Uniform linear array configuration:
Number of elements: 64
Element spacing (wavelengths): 0.5
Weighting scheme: cosine
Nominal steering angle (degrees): -45
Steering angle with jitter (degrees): -43.4
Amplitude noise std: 0.05
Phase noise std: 0.05

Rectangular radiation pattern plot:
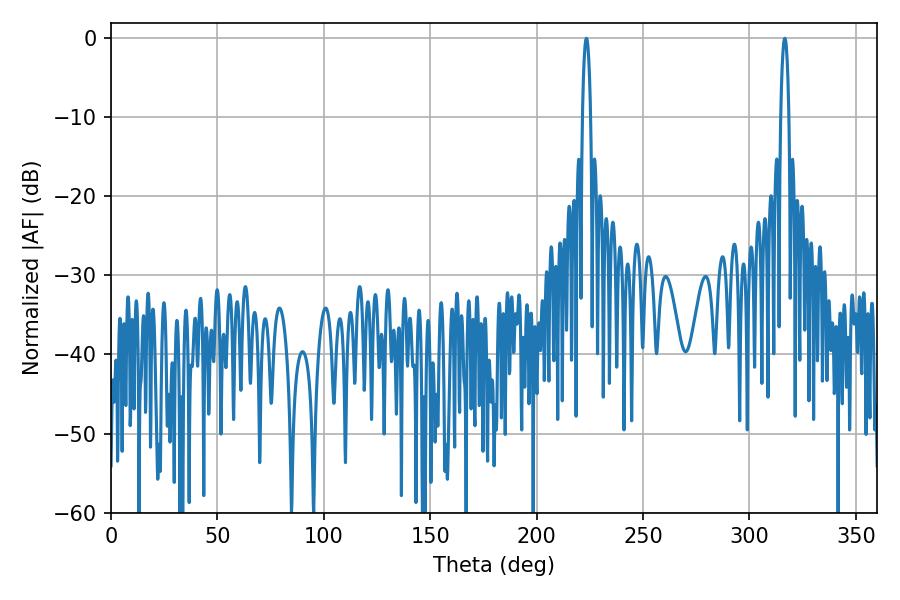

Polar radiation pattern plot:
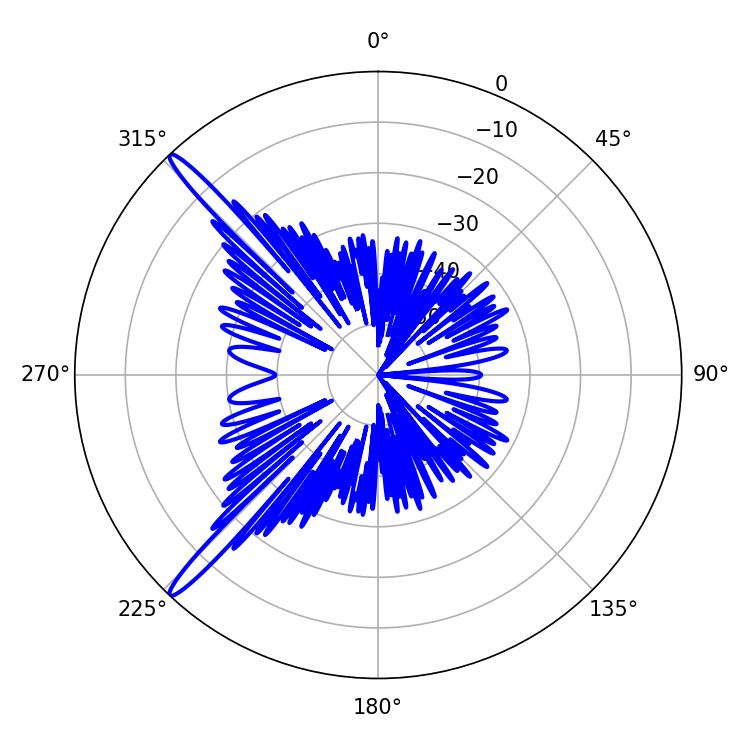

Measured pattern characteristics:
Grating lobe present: FALSE
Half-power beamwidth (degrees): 2.16
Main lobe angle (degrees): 223.38